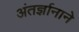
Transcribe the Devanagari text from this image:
अंतर्ज्ञानाने